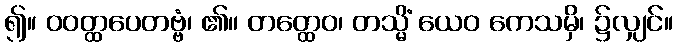
၍။ ဝဝတ္ထပေတဗ္ဗံ၊ ၏။ တတ္ထေဝ၊ တသ္မိံ ယေဝ ကေသမှိ၊ ၌လျှင်။